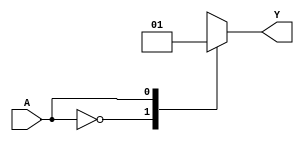
module single_variable_kmap (
    input wire A,      // 1-bit input
    output reg Y      // 1-bit output
);

// Define the output values for the K-map
parameter Y0 = 1'b0; // Output when A = 0
parameter Y1 = 1'b1; // Output when A = 1

// Combinational logic to determine output based on input
always @(*) begin
    case (A)
        1'b0: Y = Y0; // If A is 0, assign Y0 to Y
        1'b1: Y = Y1; // If A is 1, assign Y1 to Y
        default: Y = 1'b0; // Default case (should not occur with 1-bit input)
    endcase
end

endmodule